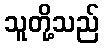
သူတို့သည်